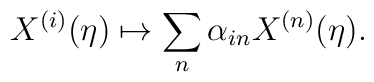
X^{(i)}(\eta) \mapsto \sum_n \alpha_{in} X^{(n)}(\eta).